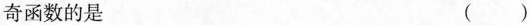
奇函数的是 ( )